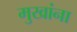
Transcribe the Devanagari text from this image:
मुखांना